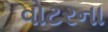
વોટરના